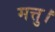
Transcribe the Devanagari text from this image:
मत्तु।